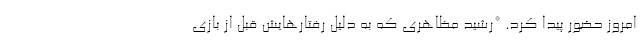
امروز حضور پیدا کرد. *رشید مظاهری که به دلیل رفتارهایش قبل از بازی